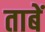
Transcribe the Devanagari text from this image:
ताबें